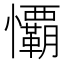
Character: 𭟧